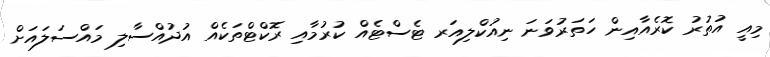
މިއީ އުތުރު ކޮރެއާއިން ހަތަރުވަނަ ނިއުކްލިއަރ ޓެސްޓެއް ކުރުމާއި ރޮކްޓްތަކެއް އުދުއްސާލި މައްސަލައަށް